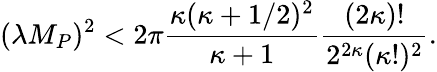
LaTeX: (\lambda M_{P})^{2}<2\pi\frac{\kappa(\kappa+1/2)^{2}}{\kappa+1}\frac{(2\kappa)!}{2^{2\kappa}(\kappa!)^{2}}.